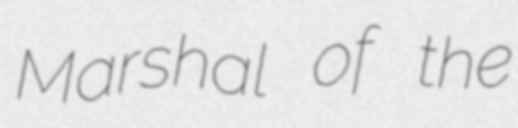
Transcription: Marshal of the